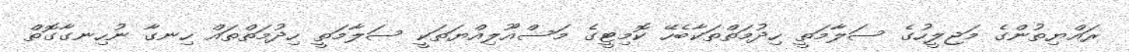
ރައްޔިތުންގެ މަޖިލީހުގެ ސަލާމަތީ ހިދުމަތްތަކާބެހޭ ކޮމިޓީގެ މަސްއޫލިއްޔަތަކީ ސަލާމަތީ ހިދުމަތްތައް ހިނގާ ނުހިނގާގޮތް